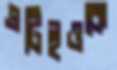
এটিইওকে